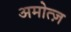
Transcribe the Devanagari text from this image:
अमोत्ज़